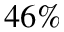
4 6 \%